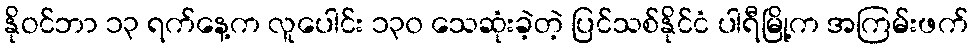
နိုဝင်ဘာ ၁၃ ရက်နေ့က လူပေါင်း ၁၃၀ သေဆုံးခဲ့တဲ့ ပြင်သစ်နိုင်ငံ ပါရီမြို့က အကြမ်းဖက်